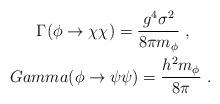
LaTeX: \begin{align*} \Gamma ( \phi \to \chi \chi) = { g^4 \sigma^2\over 8\pi m_{\phi}}\ , \ \ \ \ \\Gamma( \phi \to \psi \psi ) = { h^2 m_{\phi}\over 8 \pi}\ .\end{align*}